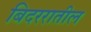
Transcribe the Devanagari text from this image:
बिदररातील